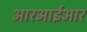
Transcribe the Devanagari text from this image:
आरआईआर